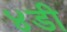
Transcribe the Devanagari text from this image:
४डी